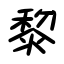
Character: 黎